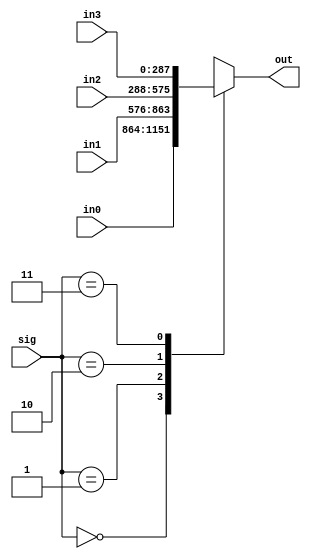
module mux4_1_bias_L7(in0,in1,in2,in3, sig,out);
input [16*18-1:0] in0,in1,in2,in3;
input [1:0] sig;
output reg [16*18-1:0]  out;

always@(*)
begin
    case(sig)
    2'b00:  out=in0;
    2'b01:  out=in1;
    2'b10:  out=in2;
    2'b11:  out=in3;
    endcase
end
endmodule